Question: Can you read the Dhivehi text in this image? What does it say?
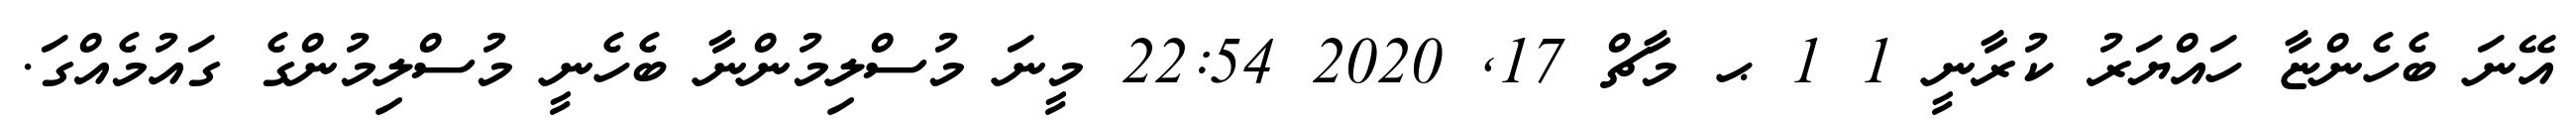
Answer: އޭނަ ބެހެންޏާ ހައްޔަރު ކުރާނީ 1 1 ޙ މާޗް 17, 2020 22:54 މީނަ މުސްލިމުންނާ ބެހެނީ މުސްލިމުންގެ ގައުމެއްގަ.